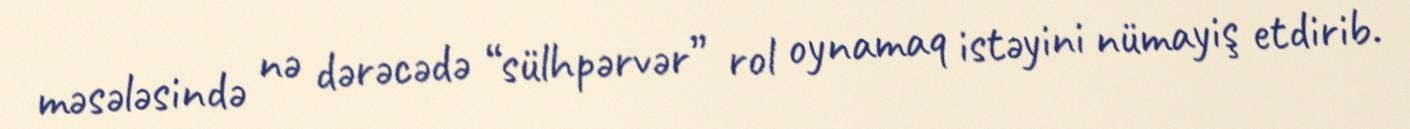
məsələsində nə dərəcədə “sülhpərvər” rol oynamaq istəyini nümayiş etdirib.